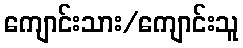
ကျောင်းသား/ကျောင်းသူ